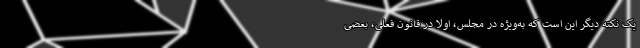
یک نکته دیگر این است که به‌ویژه در مجلس، اولاً در قانون فعلی، بعضی